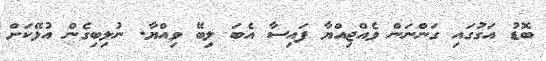
ބޮޑު އަގުގައި ގަންނަން ވެއްޖިއްޔާ ފައިސާ އެބަ ލިބޭ ވިއްޔާ. ނުލިބިގެން އުޅޭކަށް